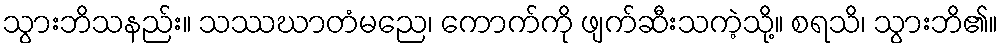
သွားဘိသနည်း။ သဿဃာတံမညေ၊ ကောက်ကို ဖျက်ဆီးသကဲ့သို့။ စရသိ၊ သွားဘိ၏။